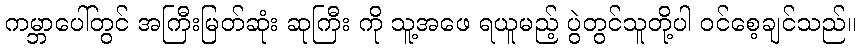
ကမ္ဘာပေါ်တွင် အကြီးမြတ်ဆုံး ဆုကြီး ကို သူ့အဖေ ရယူမည့် ပွဲတွင်သူတို့ပါ ဝင်စေ့ချင်သည်။